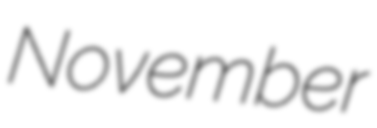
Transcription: November